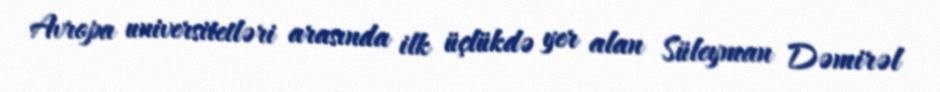
Avropa universitetləri arasında ilk üçlükdə yer alan Süleyman Dəmirəl